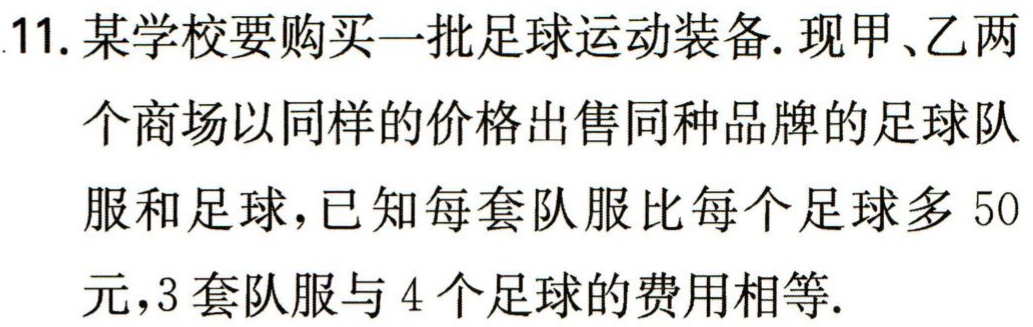
11. 某学校要购买一批足球运动装备. 现甲、乙两

个商场以同样的价格出售同种品牌的足球队

服和足球，已知每套队服比每个足球多 50

元，3 套队服与 4 个足球的费用相等.